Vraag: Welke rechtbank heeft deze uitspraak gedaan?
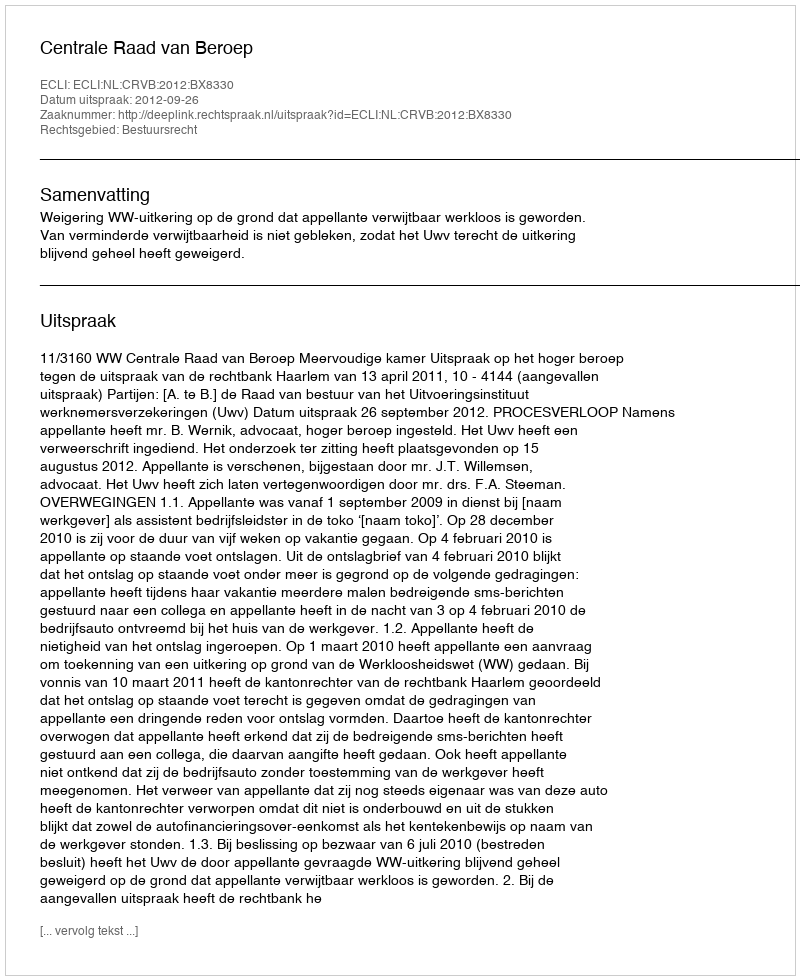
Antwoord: Centrale Raad van Beroep